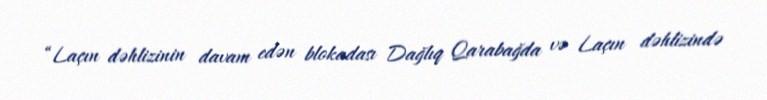
“Laçın dəhlizinin davam edən blokadası Dağlıq Qarabağda və Laçın dəhlizində